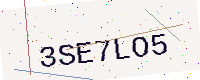
Text: 3SE7LO5